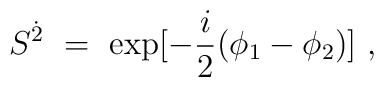
S^{\dot 2}~=~ {\rm exp}[-\frac{i}{2}(\phi_1-\phi_2)]~,